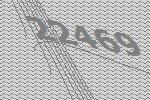
22469